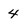
Character: 4